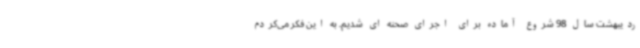
ردیبهشت سال 98 شروع آماده برای اجرای صحنه ای شدیم. به این فکر می‌کردم